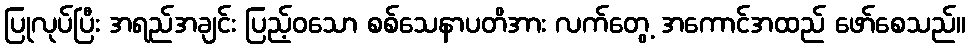
ပြုလုပ်ပြီး အရည်အချင်း ပြည့်ဝသော စစ်သေနာပတိအား လက်တွေ့ အကောင်အထည် ဖော်စေသည်။